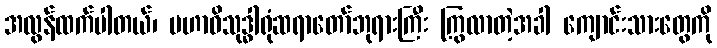
အလွန်ထက်ပါတယ်၊ မဟာဝိသုဒ္ဓါရုံဆရာတော်ဘုရားကြီး ကြွလာတဲ့အခါ ကျောင်းသားတွေကို